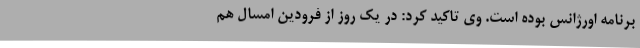
برنامه اورژانس بوده است. وی تاکید کرد: در یک روز از فرودین امسال هم